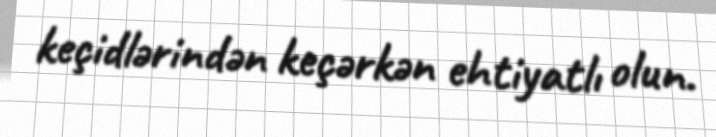
keçidlərindən keçərkən ehtiyatlı olun.